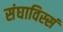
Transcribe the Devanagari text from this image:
संघाविस्सं